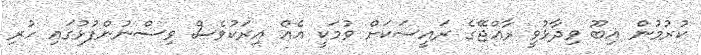
ކުރުމުން އިބޫ ވިދާޅުވީ ރާއްޖޭގެ ރައީސަކަށް ވުމަކީ އެއް އިރަކުވެސް ވިސްނުންފުޅުގައި ހުރި